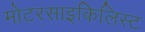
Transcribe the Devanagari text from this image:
मोटरसाइकिलिस्ट